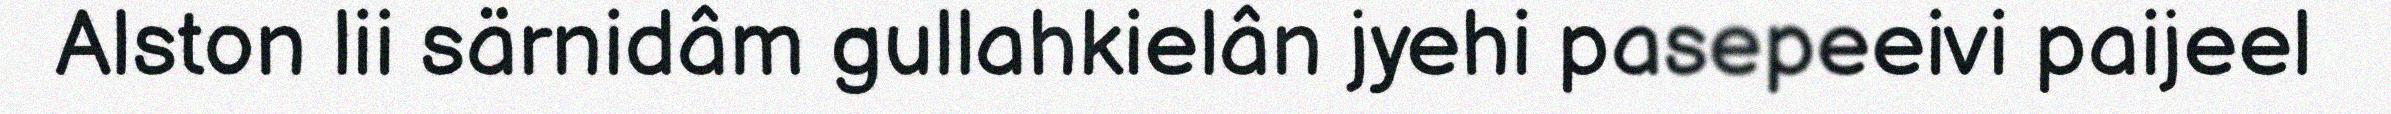
Alston lii särnidâm gullahkielân jyehi pasepeeivi paijeel